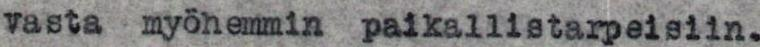
vasta myöhemmin paikallistarpeisiin.